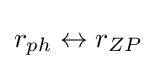
r_{ph}\leftrightarrow r_{ZP}